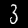
Label: 3